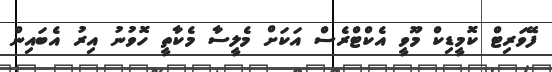
ފޭވަރިޓް ކޮމީޑިކް މޫވީ އެކްޓްރެސް އަކަށް މެލީސާ މެކާތީ ހޮވުނު އިރު އެބައިން